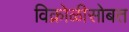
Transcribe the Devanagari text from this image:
विक्रोळीसोबत